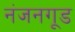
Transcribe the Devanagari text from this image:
नंजनगूड